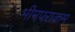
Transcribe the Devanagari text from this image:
भीमपराक्रम